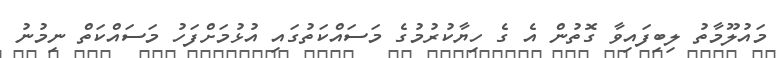
މައުލޫމާތު ލިބިފައިވާ ގޮތުން އެ ގެ ހިޔާކުރުމުގެ މަސައްކަތުގައި އުޅުމަށްފަހު މަސައްކަތް ނިމުނު